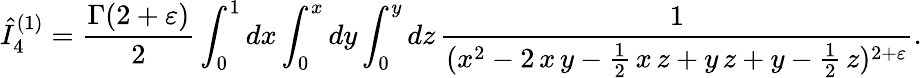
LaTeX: \hat{I}_{4}^{(1)}=\frac{\Gamma(2+\varepsilon)}{2}\int_{0}^{1}dx\int_{0}^{x}dy\int_{0}^{y}dz\, \frac{1}{(x^{2}-2\, x\, y-\frac{1}{2}\, x\, z+y\, z+y-\frac{1}{2}\, z)^{2+\varepsilon}}.